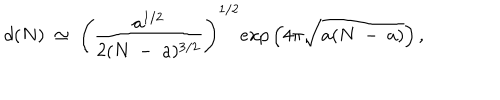
d ( N ) ~ \simeq ~ \left( \frac { a ^ { 1 / 2 } } { 2 ( N ~ - ~ a ) ^ { 3 / 2 } } \right) ^ { 1 / 2 } e x p \left( 4 \pi { \sqrt { a ( N ~ - ~ a ) } } \right) ,